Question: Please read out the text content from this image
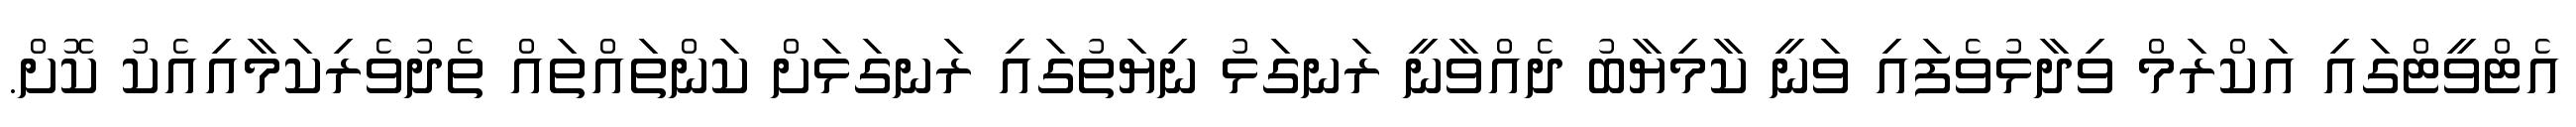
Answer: އެޓްވީޓްގައި އަކްރަމް ވިދާޅުވެފައި ވަނީ ކާމިޔާބު ދެއްވާނީ ރަނގަޅު ނިޔަތުގައި ރަނގަޅަށް ކަންތައްތައް ތެދުވެރިކަމާއިއެކު ކޮށް.